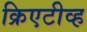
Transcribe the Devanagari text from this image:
क्रिएटीव्ह